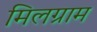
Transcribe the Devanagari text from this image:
मिलग्राम